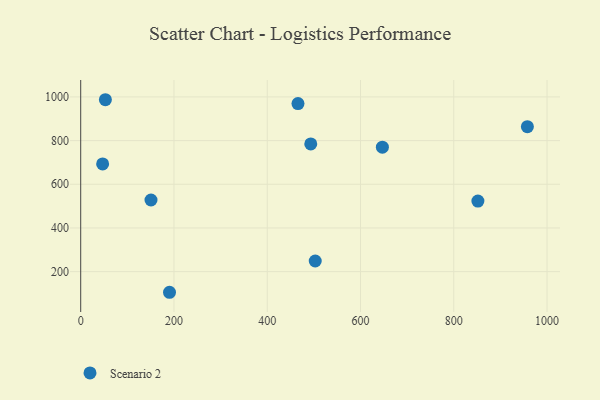
{"axis": {"x": "Speed", "y": "Yield"}, "legend": ["Scenario 2"], "data": [{"x": "957.8", "y": 863.7, "type": "Scenario 2"}, {"x": "52.9", "y": 987.2, "type": "Scenario 2"}, {"x": "190.4", "y": 105.5, "type": "Scenario 2"}, {"x": "851.7", "y": 523.3, "type": "Scenario 2"}, {"x": "465.9", "y": 969.7, "type": "Scenario 2"}, {"x": "150.7", "y": 528.0, "type": "Scenario 2"}, {"x": "646.9", "y": 769.7, "type": "Scenario 2"}, {"x": "47.0", "y": 693.3, "type": "Scenario 2"}, {"x": "502.9", "y": 248.8, "type": "Scenario 2"}, {"x": "493.3", "y": 784.6, "type": "Scenario 2"}]}